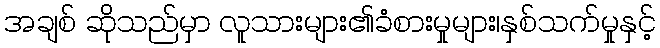
အချစ် ဆိုသည်မှာ လူသားများ၏ခံစားမှုများ၊နှစ်သက်မှုနှင့်